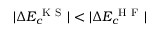
| \Delta E _ { c } ^ { \mathrm { ~ K ~ S ~ } } | < | \Delta E _ { c } ^ { \mathrm { ~ H ~ F ~ } } |